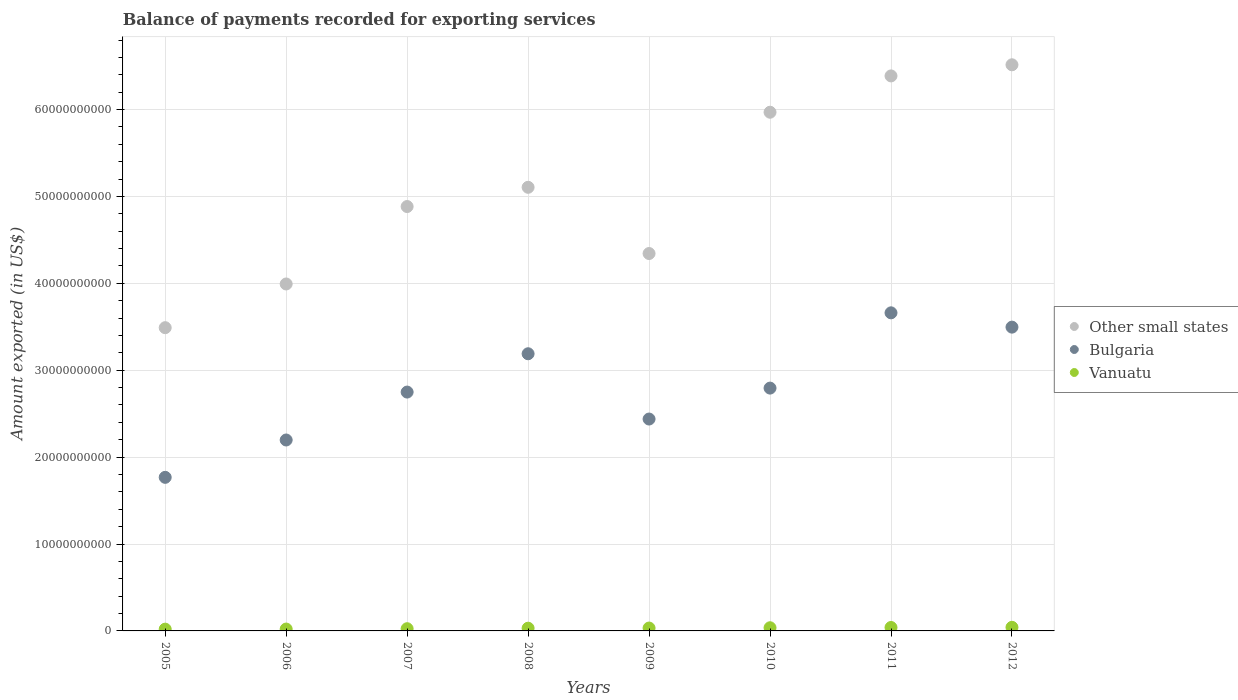
| Years | Other small states | Bulgaria | Vanuatu |
 | --- | --- | --- | --- |
 | 2005 | 3.49e+10 | 1.77e+10 | 2.05e+08 |
 | 2006 | 3.99e+10 | 2.2e+10 | 2.15e+08 |
 | 2007 | 4.88e+10 | 2.75e+10 | 2.56e+08 |
 | 2008 | 5.11e+10 | 3.19e+10 | 3.14e+08 |
 | 2009 | 4.34e+10 | 2.44e+10 | 3.31e+08 |
 | 2010 | 5.97e+10 | 2.79e+10 | 3.65e+08 |
 | 2011 | 6.39e+10 | 3.66e+10 | 3.96e+08 |
 | 2012 | 6.52e+10 | 3.5e+10 | 4.14e+08 |